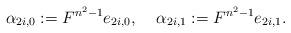
LaTeX: \begin{align*}\alpha_{2i,0}:=F^{n^{2}-1}e_{2i,0},\;\;\;\;\alpha_{2i,1}:=F^{n^{2}-1}e_{2i,1}.\end{align*}